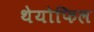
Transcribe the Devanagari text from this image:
थेयोफिल